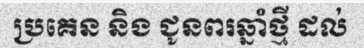
ប្រគេន និង ជូនពរឆ្នាំថ្មី ដល់